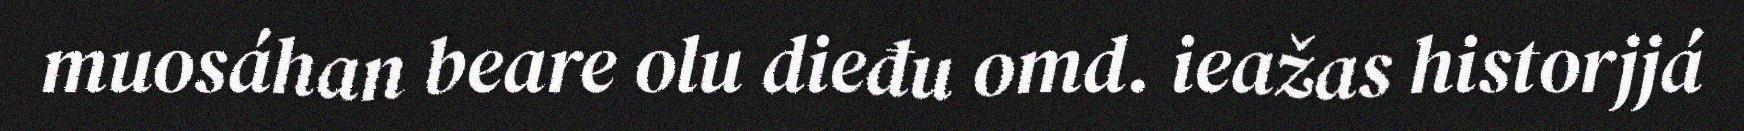
muosáhan beare olu dieđu omd. ieažas historjjá